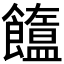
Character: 𩟣